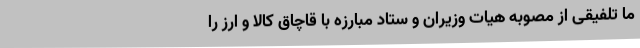
ما تلفیقی از مصوبه هیات وزیران و ستاد مبارزه با قاچاق کالا و ارز را